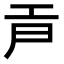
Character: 𢀞